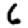
Digit: 6